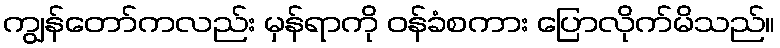
ကျွန်တော်ကလည်း မှန်ရာကို ဝန်ခံစကား ပြောလိုက်မိသည်။